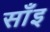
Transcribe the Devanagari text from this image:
साँइ